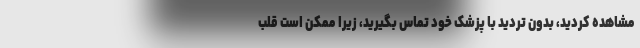
مشاهده کردید، بدون تردید با پزشک خود تماس بگیرید، زیرا ممکن است قلب